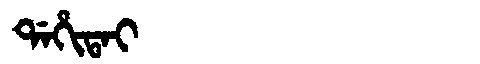
Manchu: ᡩᠠᡥᡳᡨᠠᡳ
Romanization: DAHITAI